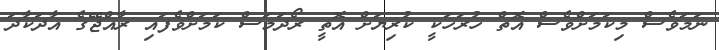
ނަމަވެސް މިކަމަށްވެސް އޮތް ހުރަހަކީ ކުރިޔަށް އޮތީ ރޯދަމަސް ކަމަށްވެފައި ރާއްޖޭގެ އާދަކާދަ